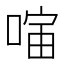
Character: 𪡣